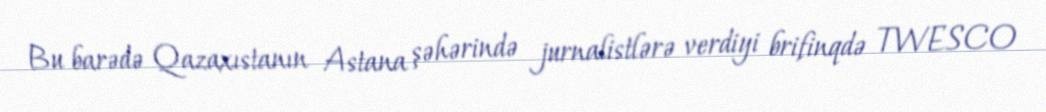
Bu barədə Qazaxıstanın Astana şəhərində jurnalistlərə verdiyi brifinqdə TWESCO